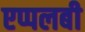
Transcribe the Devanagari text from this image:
एप्पलबी